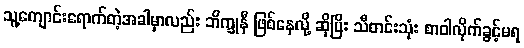
သူ့ကျောင်းရောက်တဲ့အခါမှာလည်း ဘိက္ခုနီ ဖြစ်နေလို့ ဆိုပြီး သီတင်းသုံး စာဝါလိုက်ခွင့်မရ